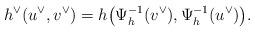
LaTeX: \begin{align*}h^{\lor}(u^{\lor},v^{\lor})=h\bigl( \Psi_h^{-1}(v^{\lor}),\Psi_h^{-1}(u^{\lor})\bigr).\end{align*}